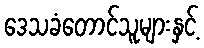
ဒေသခံတောင်သူများနှင့်